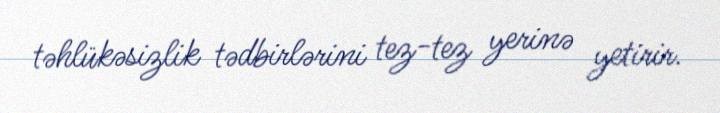
təhlükəsizlik tədbirlərini tez-tez yerinə yetirir.